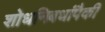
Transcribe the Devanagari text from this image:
शोधनिबधांपैकी